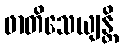
ဖာတိသေယျန္တိ